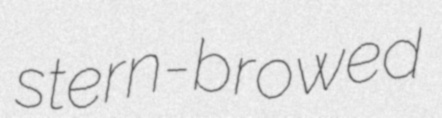
stern-browed